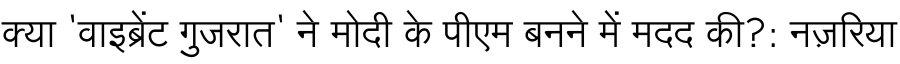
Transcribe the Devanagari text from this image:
क्या 'वाइब्रेंट गुजरात' ने मोदी के पीएम बनने में मदद की?: नज़रिया